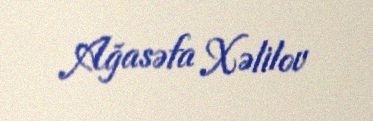
Ağasəfa Xəlilov